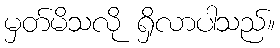
မှတ်မိသလို ရှိလာပါသည်။